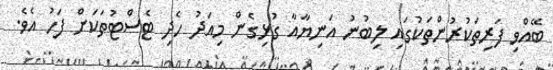
ބޭއްވި ފަރިތަކުރުންތަކުގައި ލިބުނު އަނިޔާއާ ގުޅިގެން މިއަދު ހެދި ޓެސްޓުތަކަށް ފަހު އެވެ.